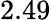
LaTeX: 2.49